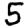
Digit: 5